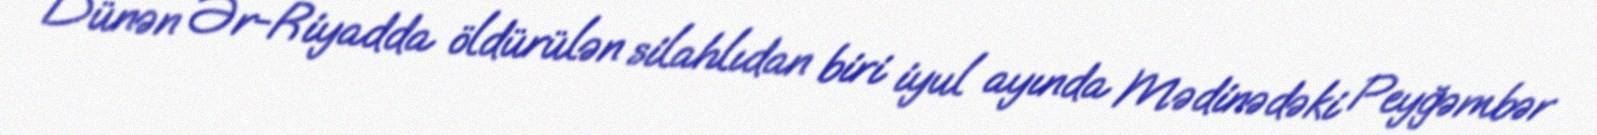
Dünən Ər-Riyadda öldürülən silahlıdan biri iyul ayında Mədinədəki Peyğəmbər